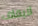
لايقاف